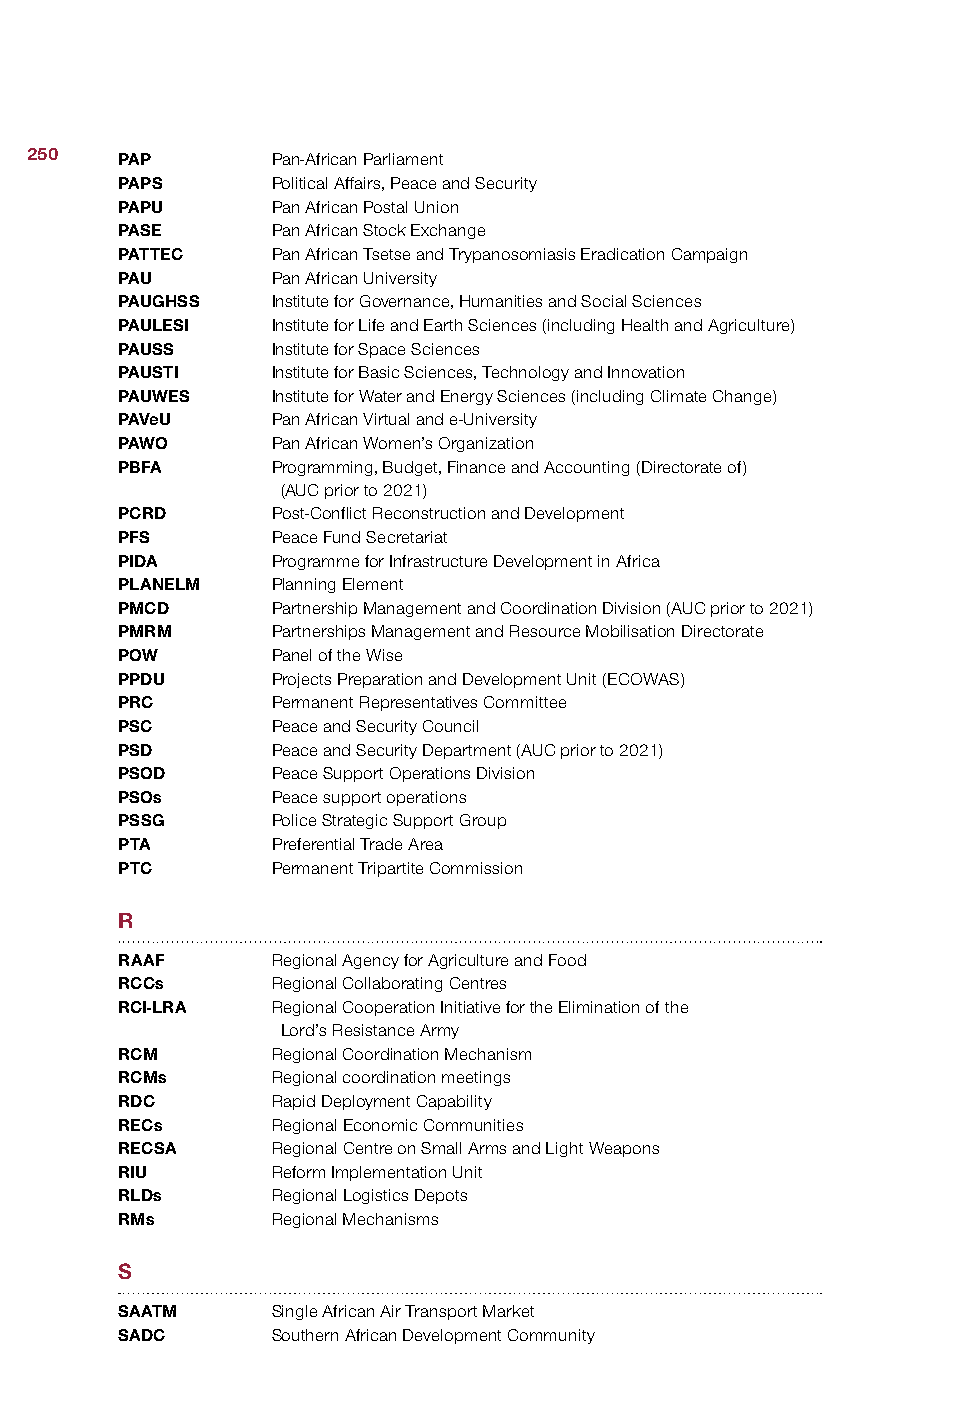
250   PAP       Pan-African Parliament
 PAPS      Political Affairs, Peace and Security
 PAPU      Pan African Postal Union
 PASE      Pan African Stock Exchange
 PATTEC    Pan African Tsetse and Trypanosomiasis Eradication Campaign
 PAU       Pan African University
 PAUGHSS   Institute for Governance, Humanities and Social Sciences
 PAULESI   Institute for Life and Earth Sciences (including Health and Agriculture)
 PAUSS     Institute for Space Sciences
 PAUSTI    Institute for Basic Sciences, Technology and Innovation
 PAUWES    Institute for Water and Energy Sciences (including Climate Change)
 PAVeU     Pan African Virtual and e-University
 PAWO      Pan African Women’s Organization
 PBFA      Programming, Budget, Finance and Accounting (Directorate of)
 (AUC prior to 2021)
 PCRD      Post-Conflict Reconstruction and Development
 PFS       Peace Fund Secretariat
 PIDA      Programme for Infrastructure Development in Africa
 PLANELM   Planning Element
 PMCD      Partnership Management and Coordination Division (AUC prior to 2021)
 PMRM      Partnerships Management and Resource Mobilisation Directorate
 POW       Panel of the Wise
 PPDU      Projects Preparation and Development Unit (ECOWAS)
 PRC       Permanent Representatives Committee
 PSC       Peace and Security Council
 PSD       Peace and Security Department (AUC prior to 2021)
 PSOD      Peace Support Operations Division
 PSOs      Peace support operations
 PSSG      Police Strategic Support Group
 PTA       Preferential Trade Area
 PTC       Permanent Tripartite Commission
 R
 RAAF      Regional Agency for Agriculture and Food
 RCCs      Regional Collaborating Centres
 RCI-LRA   Regional Cooperation Initiative for the Elimination of the
 Lord’s Resistance Army
 RCM       Regional Coordination Mechanism
 RCMs      Regional coordination meetings
 RDC       Rapid Deployment Capability
 RECs      Regional Economic Communities
 RECSA     Regional Centre on Small Arms and Light Weapons
 RIU       Reform Implementation Unit
 RLDs      Regional Logistics Depots
 RMs       Regional Mechanisms
 S
 SAATM     Single African Air Transport Market
 SADC      Southern African Development Community